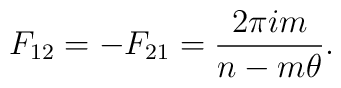
F_{12}=-F_{21}=\frac{2\pi i m}{n-m\theta}.